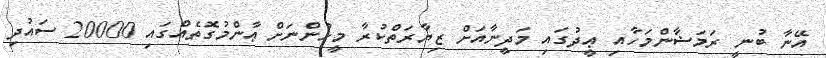
އޭނާ ބުނީ ރަމަޟާންމަހާއި ޢީދުގައި މަދީނާއަށް ޒިޔާރަތްކުރާ މީހުންނަށް ޢާންމުގޮތެއްގައި 20000 ސައުދި